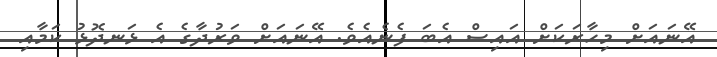
އޭނައަށް މިހާރަކަށް އައިސް އެބަ ފެނެއެވެ. އޭނައަށް ވަރުދާގެ އެ ޅަނދޮޅު ކަމާއި